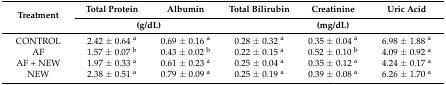
<table><thead><tr><td rowspan="2"><b>Treatment</b></td><td><b>Total Protein </b></td><td><b>Albumin</b></td><td><b>Total Bilirubin</b></td><td><b>Creatinine</b></td><td><b>Uric Acid</b></td></tr><tr><td colspan="2"><b>(g/dL)</b></td><td colspan="3"><b>(mg/dL)</b></td></tr></thead><tbody><tr><td>CONTROL</td><td>2.42 ± 0.64 <sup>a</sup></td><td>0.69 ± 0.16 <sup>a</sup></td><td>0.28 ± 0.32 <sup>a</sup></td><td>0.35 ± 0.04 <sup>a</sup></td><td>6.98 ± 1.88 <sup>a</sup></td></tr><tr><td>AF</td><td>1.57 ± 0.07 <sup>b</sup></td><td>0.43 ± 0.02 <sup>b</sup></td><td>0.22 ± 0.15 <sup>a</sup></td><td>0.52 ± 0.10 <sup>b</sup></td><td>4.09 ± 0.92 <sup>a</sup></td></tr><tr><td>AF + NEW</td><td>1.97 ± 0.33 <sup>a</sup></td><td>0.61 ± 0.23 <sup>a</sup></td><td>0.25 ± 0.04 <sup>a</sup></td><td>0.35 ± 0.12 <sup>a</sup></td><td>4.24 ± 0.17 <sup>a</sup></td></tr><tr><td>NEW</td><td>2.38 ± 0.51 <sup>a</sup></td><td>0.79 ± 0.09 <sup>a</sup></td><td>0.25 ± 0.19 <sup>a</sup></td><td>0.39 ± 0.08 <sup>a</sup></td><td>6.26 ± 1.70 <sup>a</sup></td></tr></tbody></table>